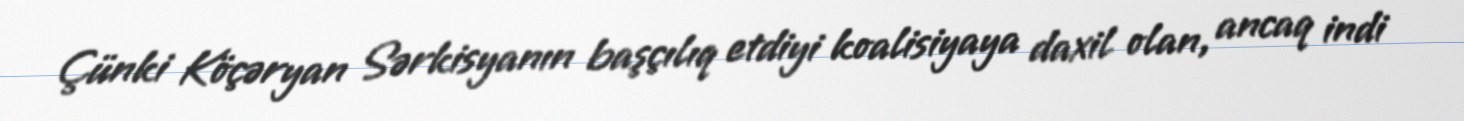
Çünki Köçəryan Sərkisyanın başçılıq etdiyi koalisiyaya daxil olan, ancaq indi